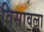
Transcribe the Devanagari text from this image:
विसावला